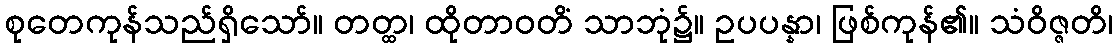
စုတေကုန်သည်ရှိသော်။ တတ္ထ၊ ထိုတာဝတိံ သာဘုံ၌။ ဥပပန္နာ၊ ဖြစ်ကုန်၏။ သံဝိဇ္ဇတိ၊